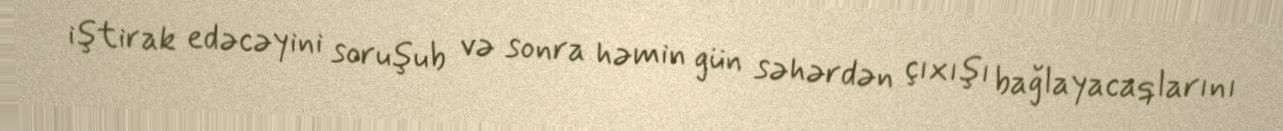
iştirak edəcəyini soruşub və sonra həmin gün səhərdən çıxışı bağlayacaqlarını